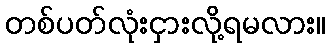
တစ်ပတ်လုံးငှားလို့ရမလား။